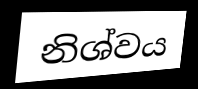
නිශ්වය